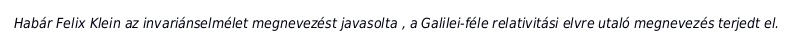
Habár Felix Klein az invariánselmélet megnevezést javasolta , a Galilei-féle relativitási elvre utaló megnevezés terjedt el.